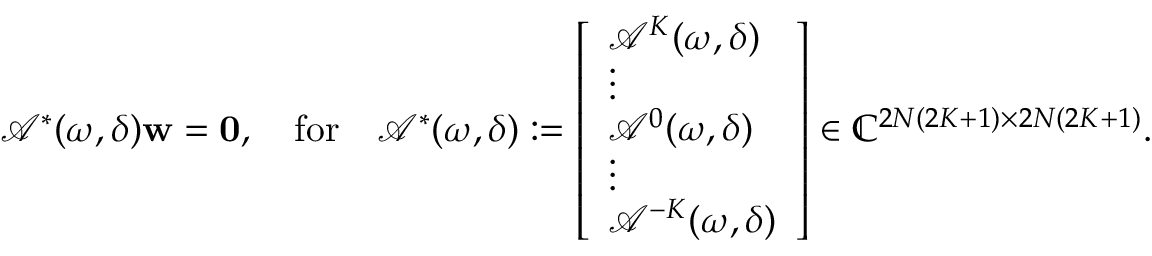
\begin{array} { r } { \mathcal { A } ^ { * } ( \omega , \delta ) \mathbf { w } = \mathbf { 0 } , \quad \mathrm { f o r } \quad \mathcal { A } ^ { * } ( \omega , \delta ) : = \left[ \begin{array} { l } { \mathcal { A } ^ { K } ( \omega , \delta ) } \\ { \vdots } \\ { \mathcal { A } ^ { 0 } ( \omega , \delta ) } \\ { \vdots } \\ { \mathcal { A } ^ { - K } ( \omega , \delta ) } \end{array} \right] \in \mathbb { C } ^ { 2 N ( 2 K + 1 ) \times 2 N ( 2 K + 1 ) } . } \end{array}